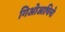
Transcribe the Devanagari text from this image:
गिओआचिनो